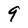
Character: 9